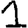
Digit: 1